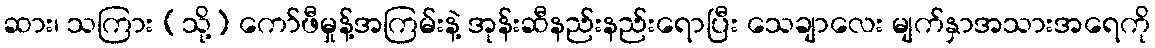
ဆား၊ သကြား (သို့) ကော်ဖီမှုန့်အကြမ်းနဲ့ အုန်းဆီနည်းနည်းရောပြီး သေချာလေး မျက်နှာအသားအရေကို